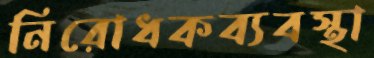
নিরোধকব্যবস্থা